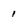
Character: 1